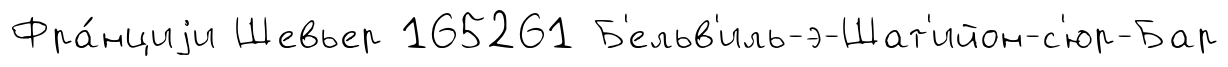
Фра́нциjи Шевьер 165261 Б'ельв'иль-э-Шат'ийон-с'юр-Бар